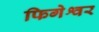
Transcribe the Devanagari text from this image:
फिगेश्वर